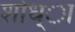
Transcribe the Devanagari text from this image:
शोध्ा